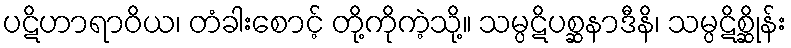
ပဋိဟာရာဝိယ၊ တံခါးစောင့် တို့ကိုကဲ့သို့။ သမ္ပဋိပစ္ဆနာဒီနိ၊ သမ္ပဋိစ္ဆိုန်း